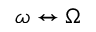
\omega \leftrightarrow \Omega